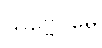
သဗ္ဗေဝိမေ